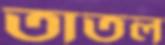
তাতল